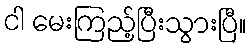
ငါ မေးကြည့်ပြီးသွားပြီ။